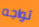
تواجه